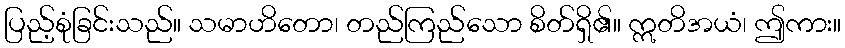
ပြည့်စုံခြင်းသည်။ သမာဟိတော၊ တည်ကြည်သော စိတ်ရှိ၏။ ဣတိအယံ၊ ဤကား။